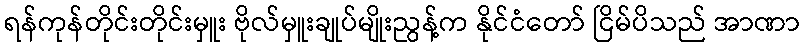
ရန်ကုန်တိုင်းတိုင်းမှူး ဗိုလ်မှူးချုပ်မျိုးညွန့်က နိုင်ငံတော် ငြိမ်ပိသည် အာဏာ